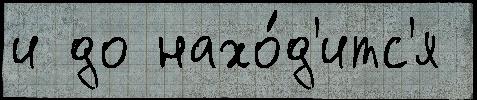
и до нахо́д'итс'я